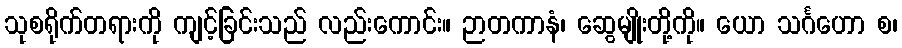
သုစရိုက်တရားကို ကျင့်ခြင်းသည် လည်းကောင်း။ ဉာတကာနံ၊ ဆွေမျိုးတို့ကို။ ယော သင်္ဂဟော စ၊